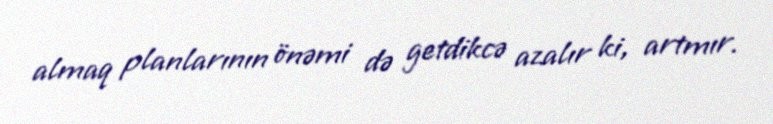
almaq planlarının önəmi də getdikcə azalır ki, artmır.